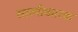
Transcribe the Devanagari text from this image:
सात्मीकारक